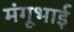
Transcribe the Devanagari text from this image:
मंगूभाई